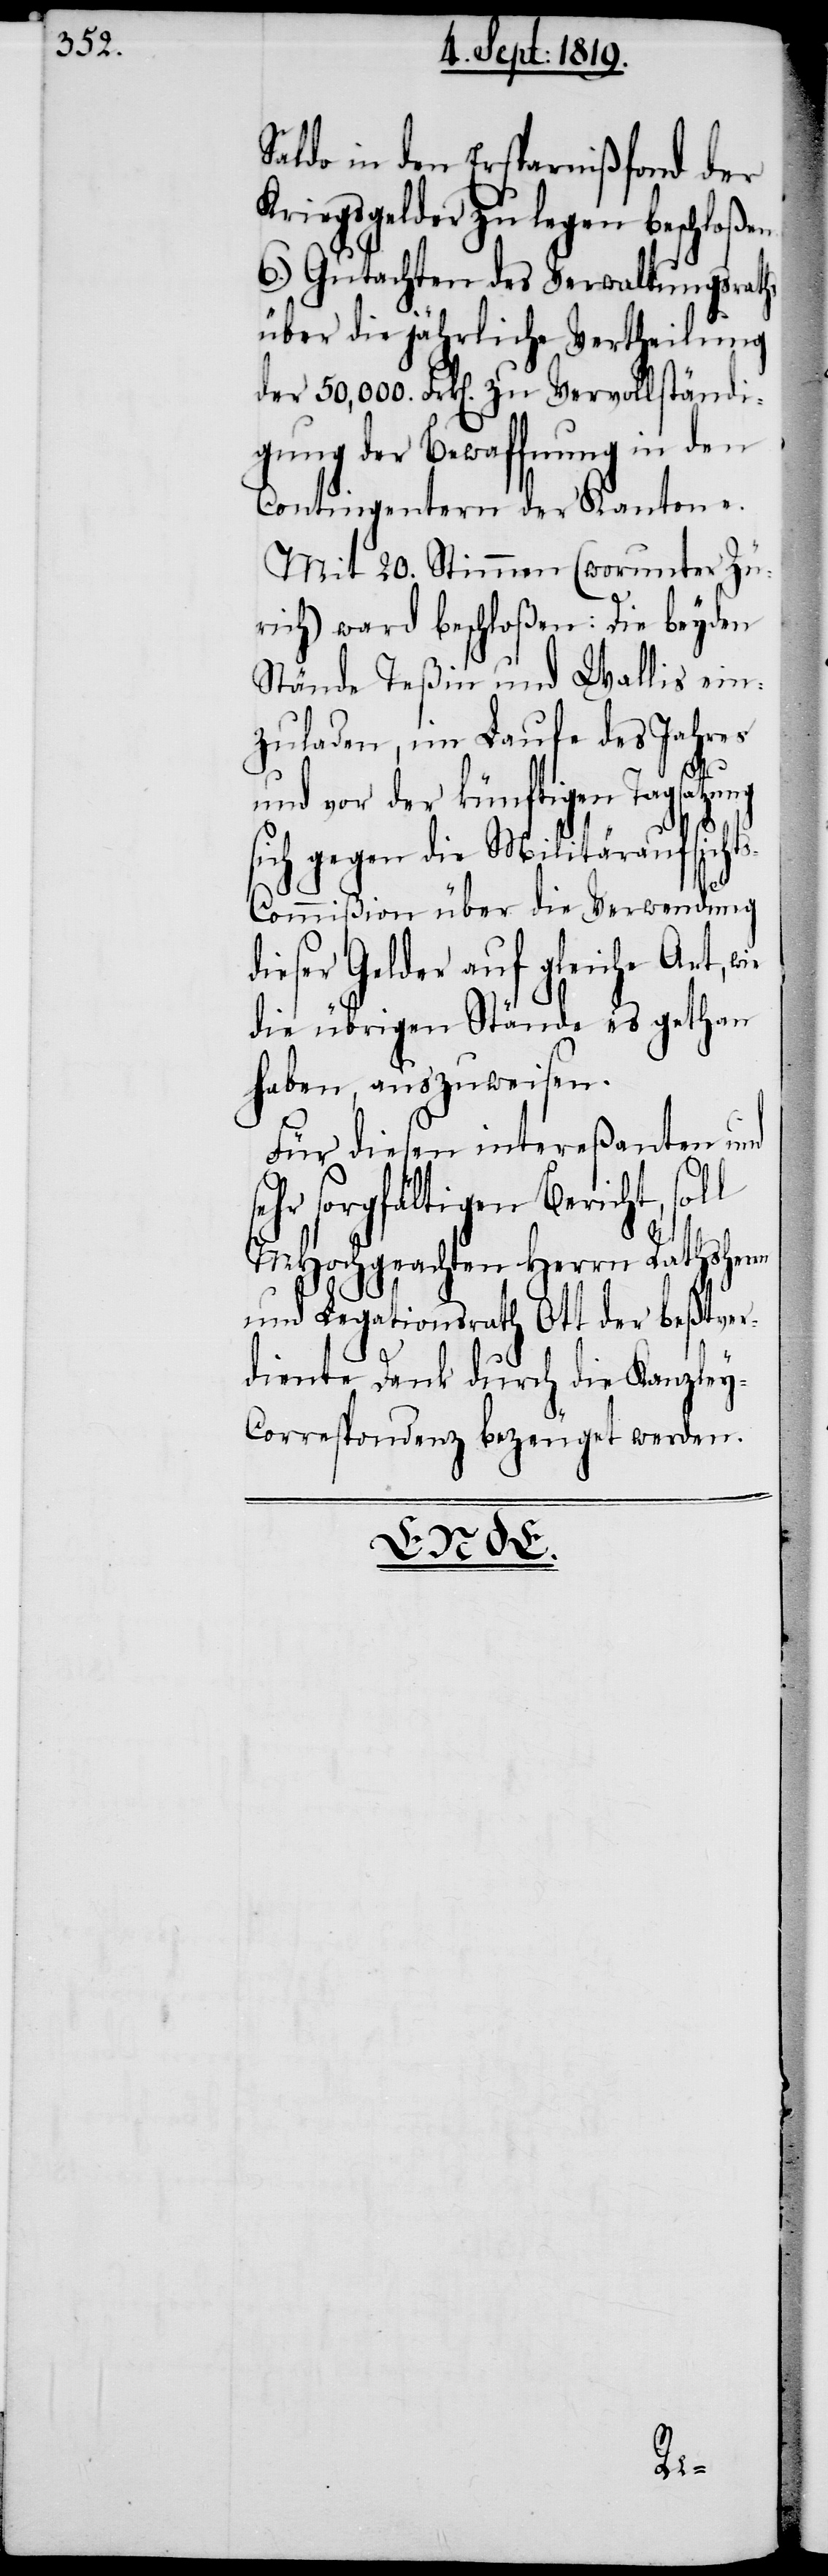
Saldo in den Ersparnißfond der
Kriegsgelder zu legen beschloße¬
6.) Gutachten des Verwaltungsraths
über die jährliche Vertheilung
der 50,000. Frk[en]. zu Vervollständi¬
gung der Bewaffnung in den
Contingentern der Kantone.
Mit 20. Stimmen (worunter Zü¬
rich) ward beschloßen: Die beyden
Stände Teßin und Wallis ein¬
zuladen, im Laufe des Jahres
und vor der künftigen Tagsatzung
sich gegen die Militäraufsicht¬
s-Commißion über die Verwendung
dieser Gelder auf gleiche Art, wie
die übrigen Stände es gethan
haben, auszuweisen.
Für diesen intereßanten und
sehr sorgfältigen Bericht, soll
MHochgeachten Herrn Rathsherrn
und Legationsrath Ott der beßtver¬
diente Dank durch die Kanzle¬
y-Correspondenz bezeuget werden.

n.